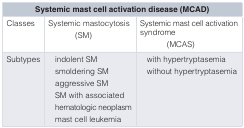
<table><thead><tr><td colspan="3"><b>Systemic mast cell activation disease (MCAD)</b></td></tr></thead><tbody><tr><td>Classes</td><td>Systemic mastocytosis(SM)</td><td>Systemic mast cell activationsyndrome(MCAS)</td></tr><tr><td>Subtypes</td><td>indolent SMsmoldering SMaggressive SMSM with associatedhematologic neoplasmmast cell leukemia</td><td>with hypertryptasemiawithout hypertryptasemia</td></tr></tbody></table>